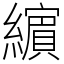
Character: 𦆯